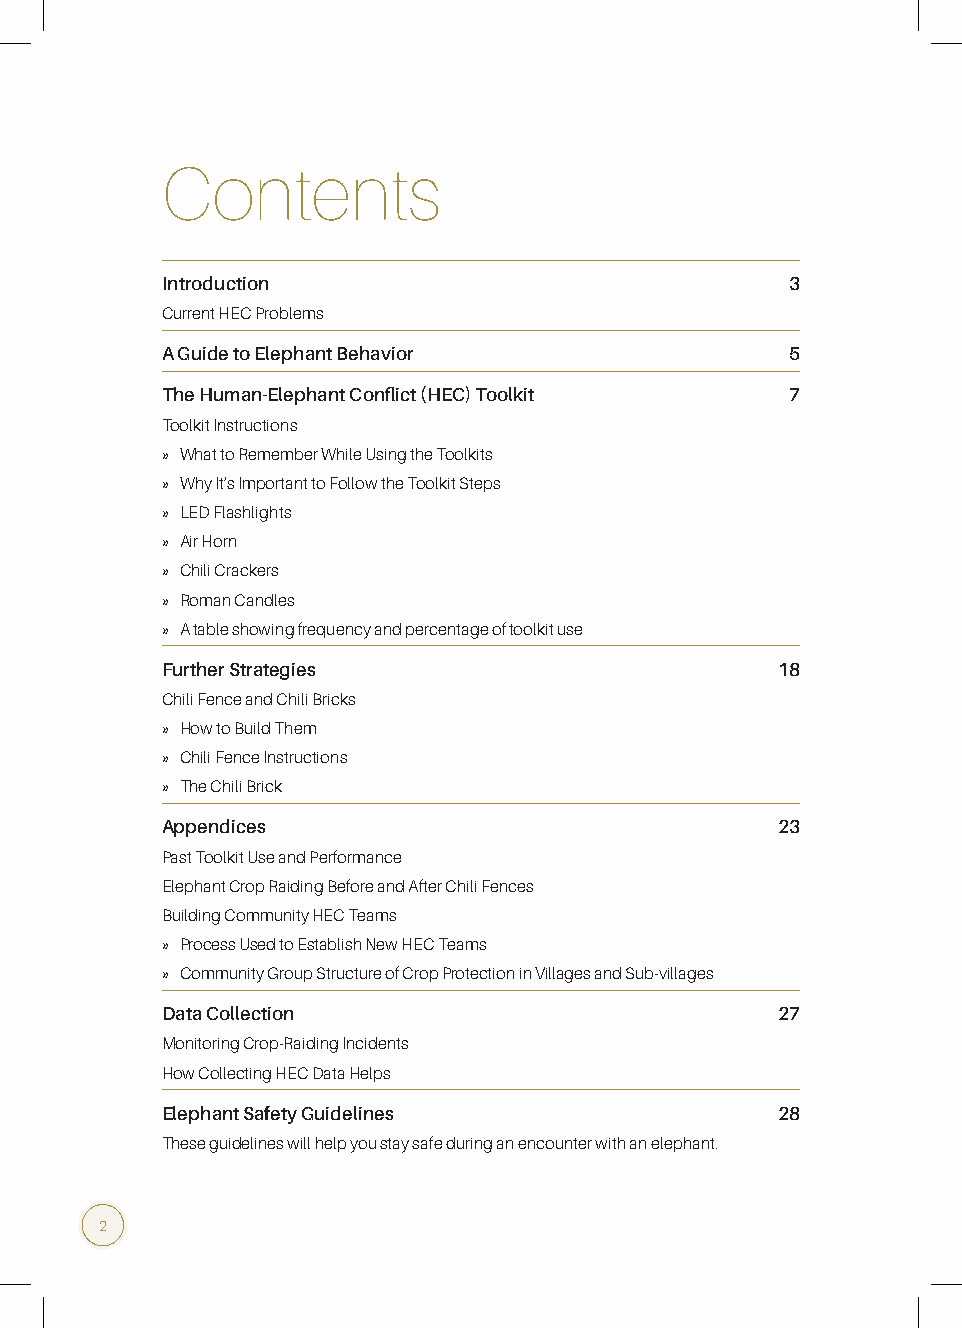
Contents
 Introduction                             3
 Current HEC Problems
 A Guide to Elephant Behavior             5
 The Human-Elephant Conflict (HEC) Toolkit 7
 Toolkit Instructions
 » What to Remember While Using the Toolkits
 » Why It’s Important to Follow the Toolkit Steps
 » LED Flashlights
 » Air Horn
 » Chili Crackers
 » Roman Candles
 » A table showing frequency and percentage of toolkit use
 Further Strategies                      18
 Chili Fence and Chili Bricks
 » How to Build Them
 » Chili Fence Instructions
 » The Chili Brick
 Appendices                              23
 Past Toolkit Use and Performance
 Elephant Crop Raiding Before and After Chili Fences
 Building Community HEC Teams
 » Process Used to Establish New HEC Teams
 » Community Group Structure of Crop Protection in Villages and Sub-villages
 Data Collection                         27
 Monitoring Crop-Raiding Incidents
 How Collecting HEC Data Helps
 Elephant Safety Guidelines              28
 These guidelines will help you stay safe during an encounter with an elephant.
 2